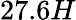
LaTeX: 27.6H